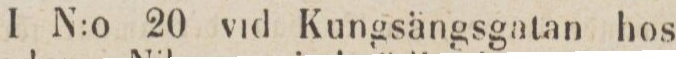
I N:o 20 vid Kungsängsgatan hos